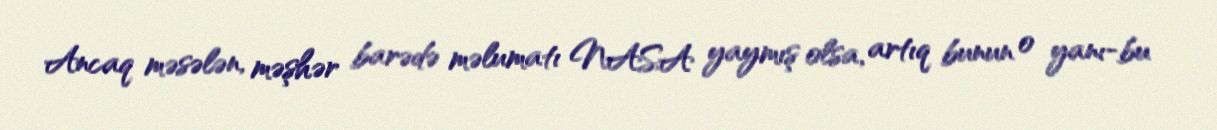
Ancaq məsələn, məşhər barədə məlumatı NASA yaymış olsa, artıq bunun o yanı-bu